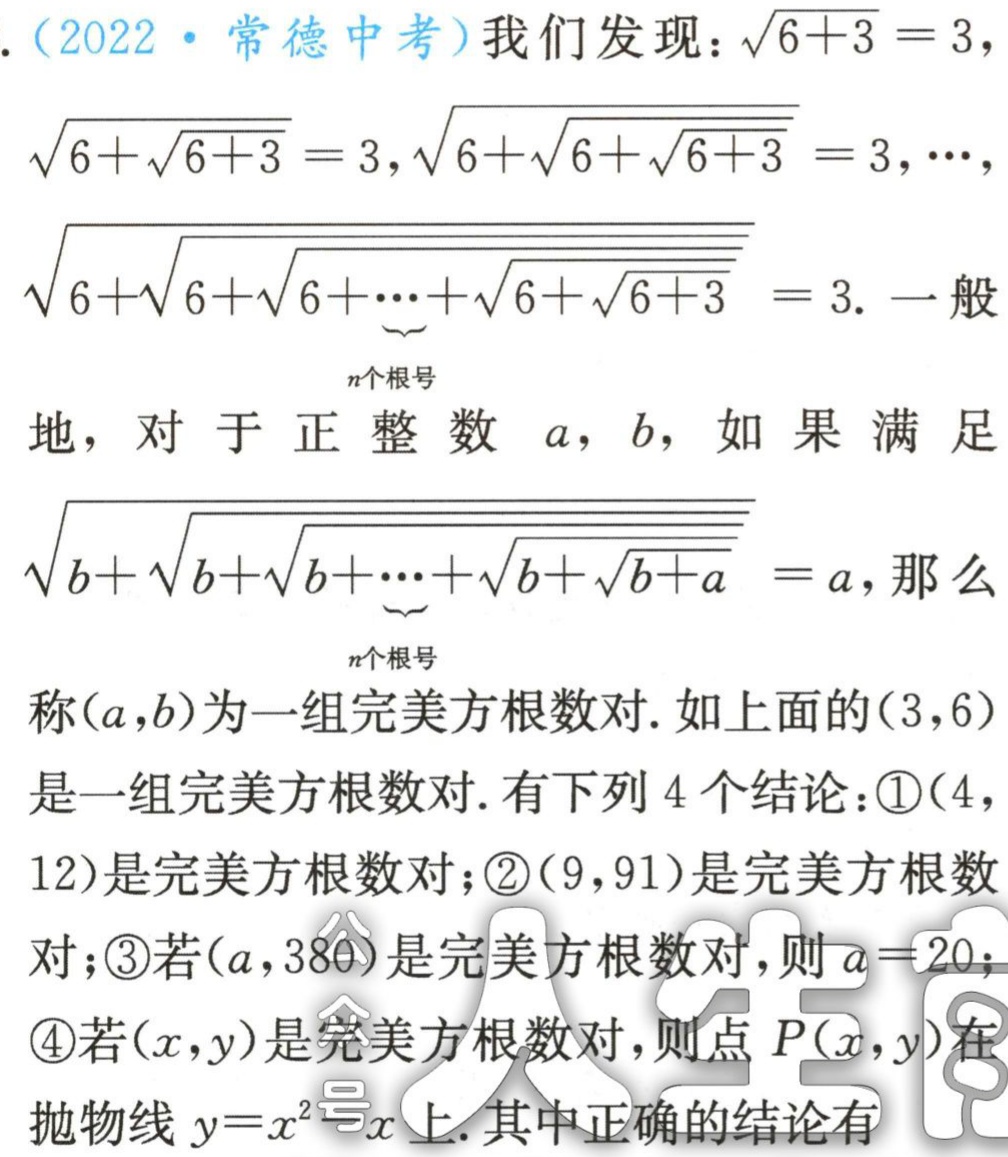
3.（2022·常德中考）我们发现：$\sqrt{6 + 3}=3$，

$\sqrt{6+\sqrt{6 + 3}}=3$，$\sqrt{6+\sqrt{6+\sqrt{6 + 3}}}=3$，$\cdots$，

$\sqrt{\underbrace{6+\sqrt{6+\sqrt{6+\cdots+\sqrt{6+\sqrt{6 + 3}}}}}_{n个根号}} = 3$. 一般

地，对于正整数$a$，$b$，如果满足

$\sqrt{\underbrace{b+\sqrt{b+\sqrt{b+\cdots+\sqrt{b+\sqrt{b + a}}}}_{n个根号}}=a$，那么

称$(a,b)$为一组完美方根数对. 如上面的$(3,6)$

是一组完美方根数对. 有下列4个结论：\textcircled{1}$(4,12)$是完美方根数对；\textcircled{2}$(9,91)$是完美方根数对；\textcircled{3}若$(a,380)$是完美方根数对，则$a = 20$；

\textcircled{4}若$(x,y)$是完美方根数对，则点$P(x,y)$在

抛物线$y = x^{2}\text{号}x$上. 其中正确的结论有